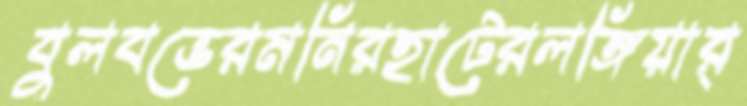
বুলবভেরমনিরহাটেরলঙ্গিয়ার্